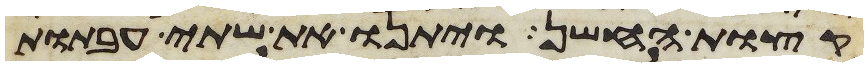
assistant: קצות החשן ויתנו את שתי העבתות